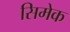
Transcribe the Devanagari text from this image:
सिमेक